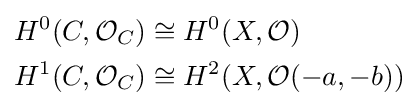
{\begin{aligned}H^{0}(C,{\mathcal {O}}_{C})&\cong H^{0}(X,{\mathcal {O}})\\H^{1}(C,{\mathcal {O}}_{C})&\cong H^{2}(X,{\mathcal {O}}(-a,-b))\end{aligned}}